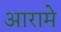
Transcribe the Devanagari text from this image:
आरामे